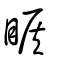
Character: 睺